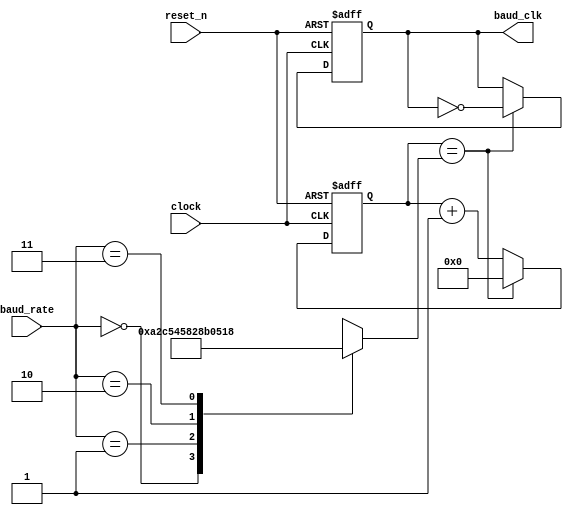
/**********************************************************************************************
 * Project Name       : Baud rate Generator Trasnmitter MODULE
 * Module description : An RTL modelling for a 50MHz-clock gating which generates
 *                      slower clock rates that meets the specified Baud Rates.
 * Target             : 5CSXFC6D6F31C6
 **********************************************************************************************/

module BaudGenT(
    input wire         reset_n,           //  Active low reset.
    input wire         clock,             //  The System's main clock.
    input wire  [1:0]  baud_rate,         //  Baud Rate agreed upon by the Tx and Rx units.

    output reg         baud_clk           //  Clocking output for the other modules.
);

//  Internal declarations
reg [13 : 0] clock_ticks;
reg [13 : 0] final_value;

//  Encoding for the Baud Rates states
localparam BAUD24  = 2'b00,
           BAUD48  = 2'b01,
           BAUD96  = 2'b10,
           BAUD192 = 2'b11;

//  BaudRate 4-1 Mux
always @(baud_rate)
begin
    case (baud_rate)
        //  All these ratio ticks are calculated for 50MHz Clock,
        //  The values shall change with the change of the clock frequency.
        BAUD24 : final_value = 14'd10417;  //  ratio ticks for the 2400 BaudRate.
        BAUD48 : final_value = 14'd5208;   //  ratio ticks for the 4800 BaudRate.
        BAUD96 : final_value = 14'd2604;   //  ratio ticks for the 9600 BaudRate.
        BAUD192 : final_value = 14'd1302;  //  ratio ticks for the 19200 BaudRate.
        default: final_value = 14'd0;      //  The systems original Clock.
    endcase
end

//  Timer logic
always @(negedge reset_n, posedge clock)
begin
    if(~reset_n)
    begin
        clock_ticks <= 14'd0; 
        baud_clk    <= 1'b0; 
    end
    else
    begin
        //  Ticks whenever reaches its final value,
        //  Then resets and starts all over again.
        if (clock_ticks == final_value)
        begin
            clock_ticks <= 14'd0; 
            baud_clk    <= ~baud_clk; 
        end 
        else
        begin
            clock_ticks <= clock_ticks + 1'd1;
            baud_clk    <= baud_clk;
        end
    end 
end

endmodule